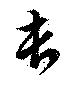
長